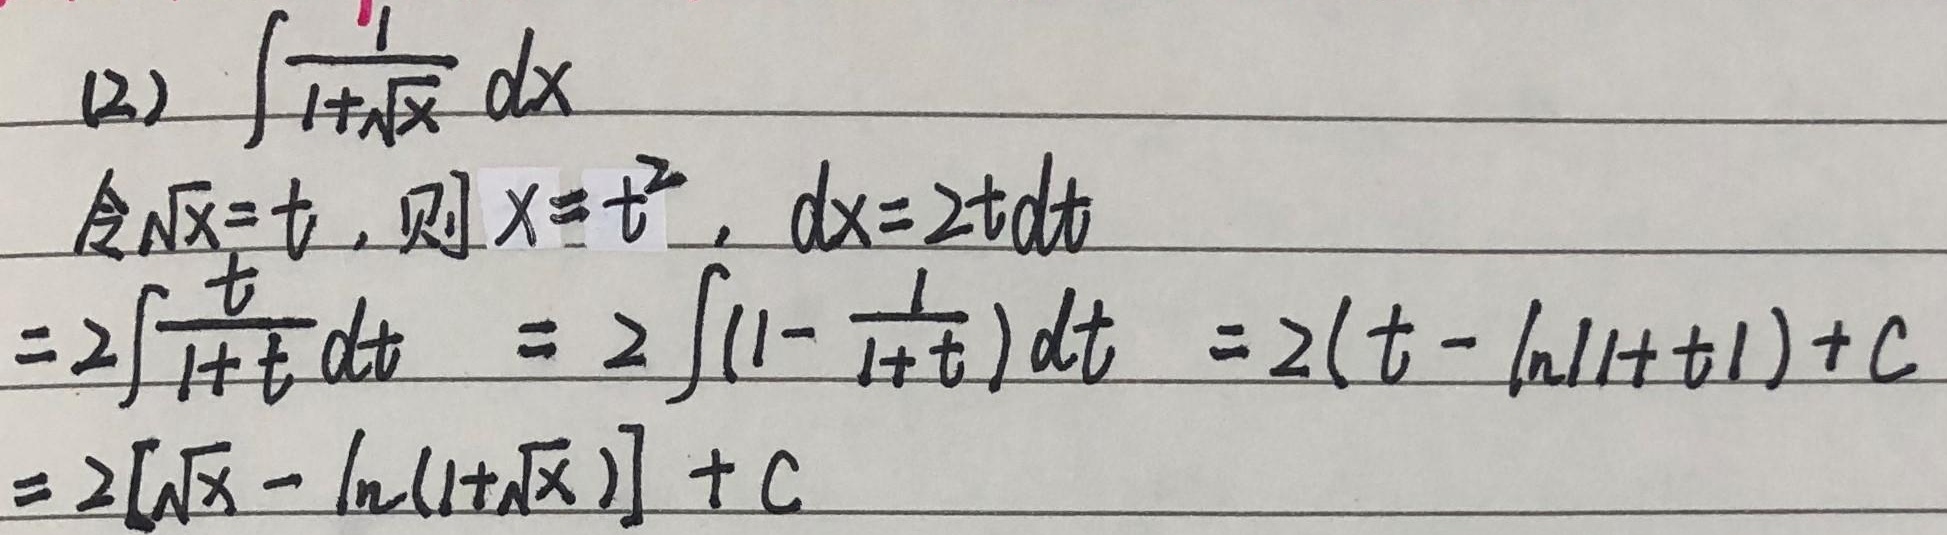
(2) \(\int\frac{1}{1 + \sqrt{x}}dx\)。令\(\sqrt{x}=t\)，则\(x = t^{2}\)，\(dx = 2t\mathrm{d}t\)。

\[
\begin{align*}
&\int\frac{1}{1 + \sqrt{x}}dx\\
=&\int\frac{2t}{1 + t}\mathrm{d}t\\
=&2\int(1 - \frac{1}{1 + t})\mathrm{d}t\\
=&2(t - \ln|1 + t|)+C\\
=&2[\sqrt{x} - \ln(1 + \sqrt{x})]+C
\end{align*}
\]